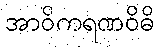
အာဝိကရဏဝိဓိ